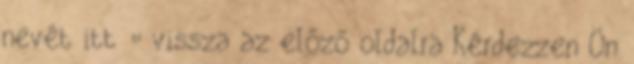
nevét itt « vissza az előző oldalra Kérdezzen Ön